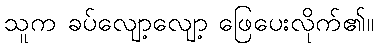
သူက ခပ်လျော့လျော့ ဖြေပေးလိုက်၏။